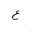
Letter: _ayn